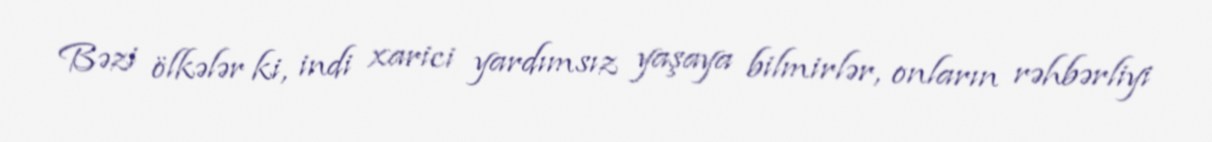
Bəzi ölkələr ki, indi xarici yardımsız yaşaya bilmirlər, onların rəhbərliyi